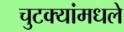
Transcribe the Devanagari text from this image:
चुटक्यांमधले